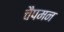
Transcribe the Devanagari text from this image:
चैपमन